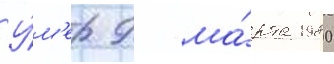
У́м'ер 9 ма́рта 1980